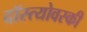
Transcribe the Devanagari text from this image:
दॉस्त्योवस्की